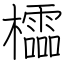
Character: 櫺